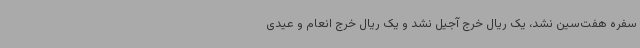
سفره هفت‌سین نشد، یک‌ ریال خرج آجیل نشد و یک ریال خرج انعام و عیدی